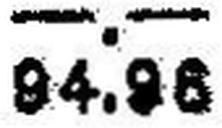
94.98